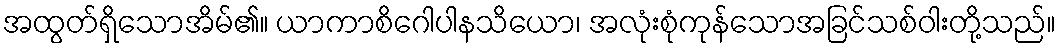
အထွတ်ရှိသောအိမ်၏။ ယာကာစိဂေါပါနသိယော၊ အလုံးစုံကုန်သောအခြင်သစ်ဝါးတို့သည်။